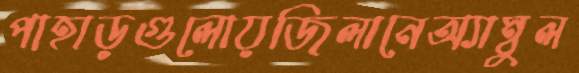
পাহাড়গুলোয়জিলানেঅ্যাম্বুল